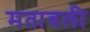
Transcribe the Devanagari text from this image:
मतावली